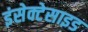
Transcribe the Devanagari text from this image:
इंसेक्टेसाइड